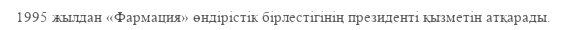
1995 жылдан «Фармация» өндірістік бірлестігінің президенті қызметін атқарады.